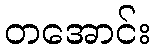
တအောင်း